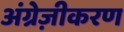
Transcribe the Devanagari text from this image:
अंग्रेज़ीकरण